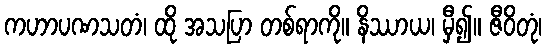
ကဟာပဏသတံ၊ ထို အသပြာ တစ်ရာကို။ နိဿာယ၊ မှီ၍။ ဇီဝိတုံ၊